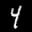
Label: 4